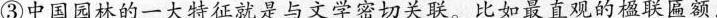
③中国园林的一大特征就是与文学密切关联。比如最直观的楹联匾额，